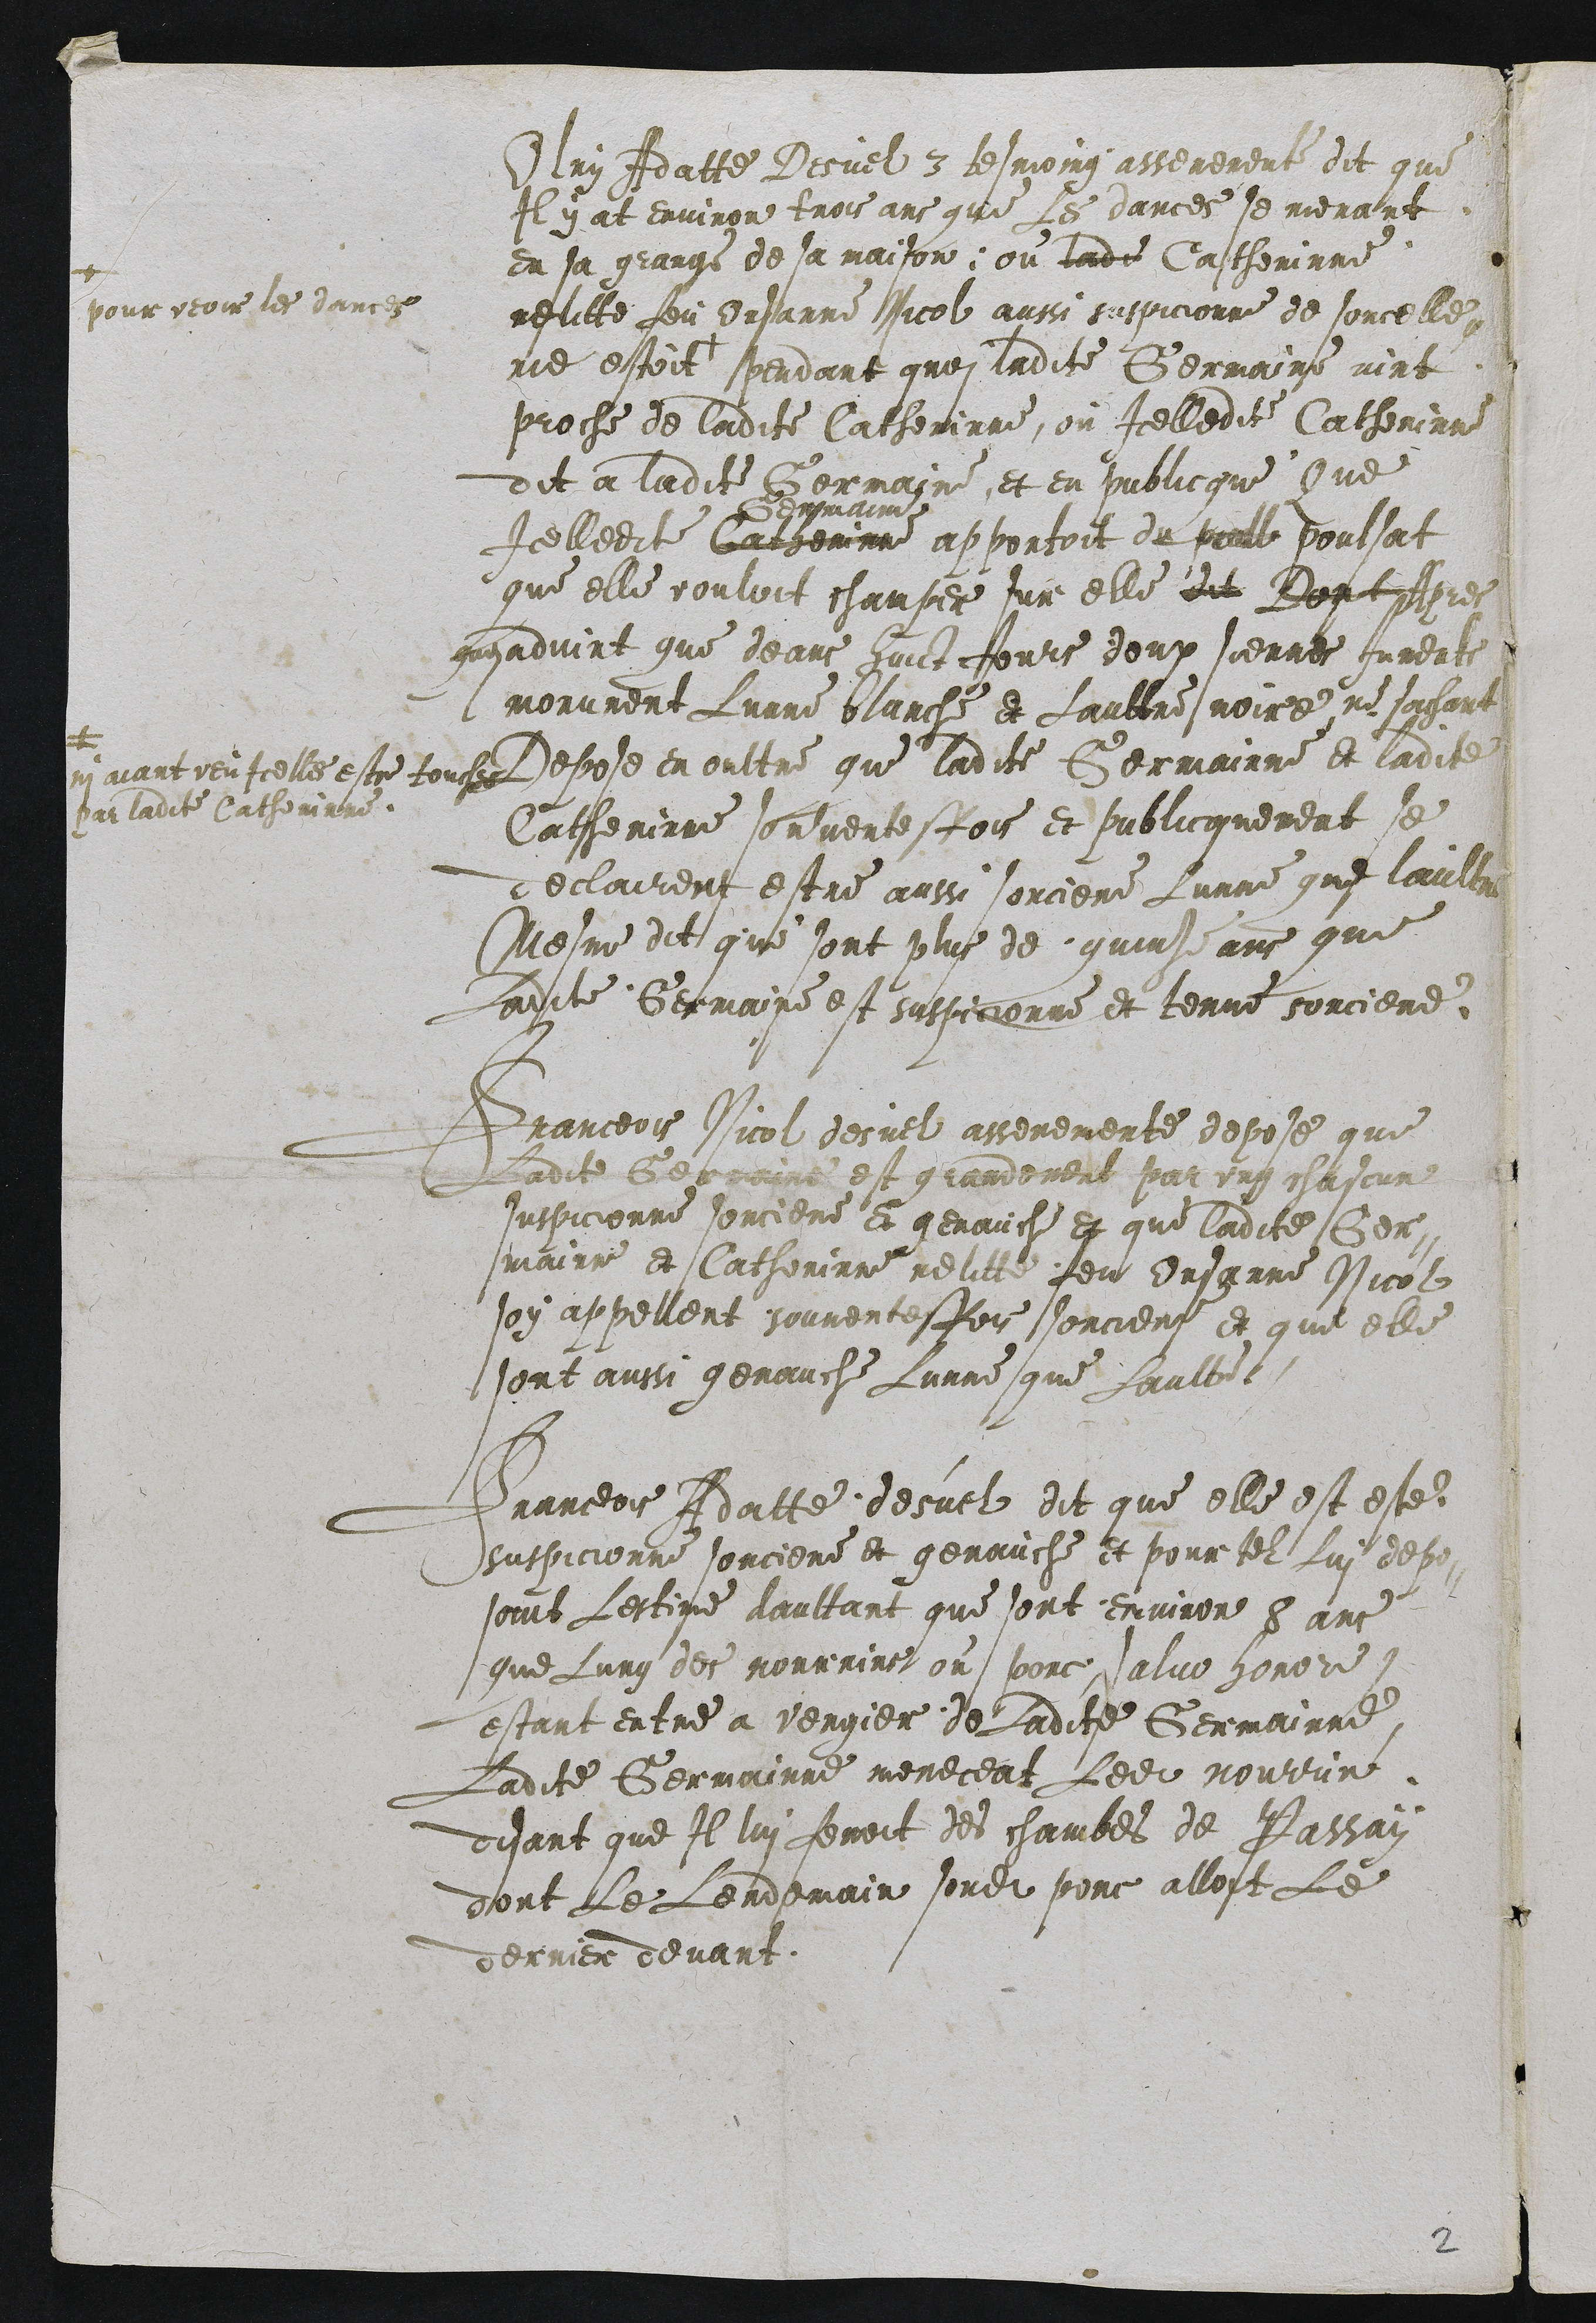
Olry Adatte Desuel 3 tesmoing asserement dit que
Il y at environ trois ans que les dances se menant
en sa grange de sa maison ; ou lade Castherinne
relitte feu Orsanne Nicol aussi suspicionne de sorcelle,
ne estoit +
+
pour veoir les dances
pendant groi ladite Germaine vint
proche de ladite Catherinne, ou Icelledite Catherinne
dit a ladite Germaine et en publicque Que
Icelledite Cargerinne
demmain
apportoit du peelle poulsat
que elle vouloit champer sur elle dit Bont pres
gusadvint que deans faict Jours doux siernes Juments
morument Lunne blanche et Laultre noire, ne sachant
maiant veuicelles estre touches
par ladite Catherinne.
Depose en oultre que ladite Germainne et ladite
Catherinne sorventesfois et publicquement se
declairent estre aussi sorciere Lunne que laultre
Mesme dit que sont plus de quinze ans que
ladite Germaine est suspicionne et tenue sorciere

Franceois Nicol desuel asseremente depose que
Ladite Gerraire est grandement par ung chascun
suspicionne sorciere et genauche et que ladite Ger-
mairne et Catherinne relitte feu Onsanne Nicol
soy appellent souventesfois sorciers et que elle
sont aussi genauche Lunne que Laulte

Franceois Adatte desuel dit que elle est este
suspicionne sorciere et genauche et pour tel Lui depo-
soint Lestime daultant que sont environ 8 ans
que Lung des nourrirs ou porc, salue horore
estant entre a vergier de Ladite Germainne
Ladite Germainne meneceat Ledit nourrin
disant que Il lui fenoit des chambes de Passan
dont Le Lendemain sondit porc alloit Le
derrier devant

2